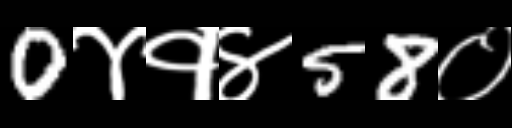
Text: 0४१४58०